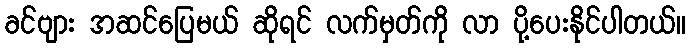
ခင်ဗျား အဆင်ပြေမယ် ဆိုရင် လက်မှတ်ကို လာ ပို့ပေးနိုင်ပါတယ်။